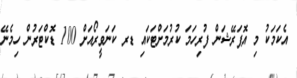
އެކަމަކު މި އޮޕަރޭޝަން ފުރިހަމަ ކުރުމަށްޓަކައި ޑރ ކަނަވީރޯއަށް 100 ޑޮކްޓަރުން ހިމެނޭ